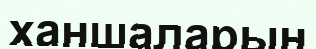
ханшаларын